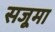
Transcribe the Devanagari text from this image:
सजूमा